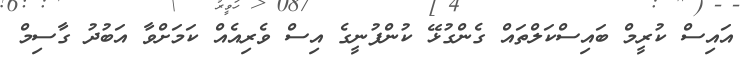
އައިސް ކުރީމް ބައިސްކަލްތައް ގެންގުޅޭ ކުންފުނީގެ އިސް ވެރިއެއް ކަމަށްވާ އަބުދު ގާސިމް